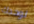
لوحدك